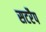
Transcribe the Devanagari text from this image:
सटरैप